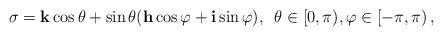
LaTeX: \begin{align*}\sigma =\mathbf{k}\cos\theta+\sin\theta(\mathbf{h}\cos\varphi+ \mathbf{i}\sin\varphi),\enskip \theta \in [0,\pi), \varphi \in [-\pi,\pi)\,,\end{align*}